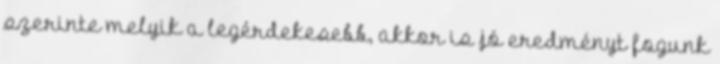
szerinte melyik a legérdekesebb, akkor is jó eredményt fogunk